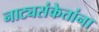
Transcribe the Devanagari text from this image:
नाट्यसंकेतांना